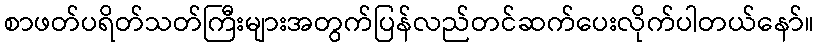
စာဖတ်ပရိတ်သတ်ကြီးများအတွက်ပြန်လည်တင်ဆက်ပေးလိုက်ပါတယ်နော်။